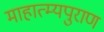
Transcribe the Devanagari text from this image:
माहात्म्यपुराण